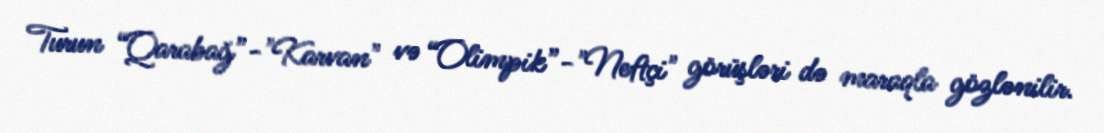
Turun “Qarabağ”-"Karvan" və “Olimpik”-"Neftçi" görüşləri də maraqla gözlənilir.